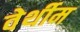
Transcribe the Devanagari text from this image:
वेर्थीम